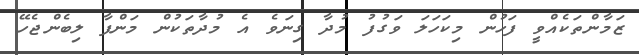
ޒަމާންތަކެއްވީ ފަހުން މިކަހަލަ ވަގުފު މުދާ ގިނަވެ އެ މުދާތަކުން މަންފާ ލިބެންޖެހޭ